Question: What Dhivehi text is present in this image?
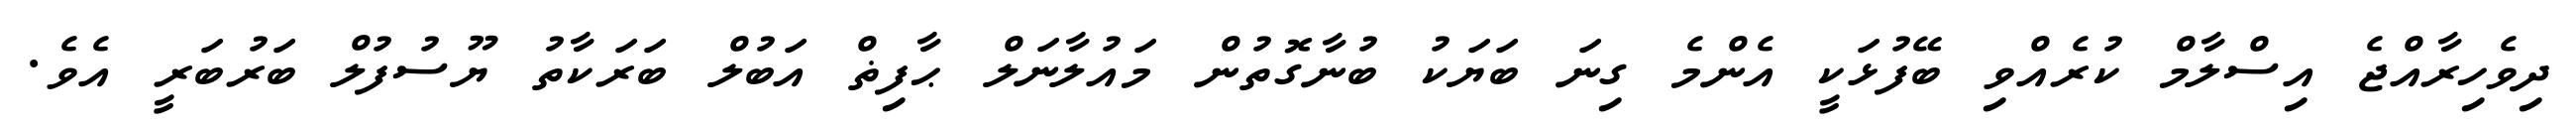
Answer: ދިވެހިރާއްޖެ އިސްލާމް ކުރެއްވި ބޭފުޅަކީ އެންމެ ގިނަ ބަޔަކު ބުނާގޮތުން މައުލާނަލް ޙާފިޡް އަބުލް ބަރަކާތު ޔޫސުފުލް ބަރުބަރީ އެވެ.